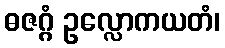
ဓဇဂ္ဂံ ဥလ္လောကယတံ၊